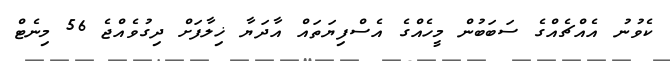
ކެވުނު އެއްޗެއްގެ ސަބަބުން މީހެއްގެ އެސްފިޔަތައް އާދަޔާ ޚިލާފަށް ދިގުވެއްޖެ 56 މިނެޓް